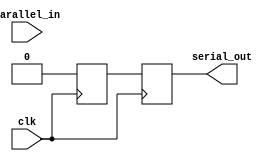
module parallel_in_serial_out (
    input wire clk,
    input wire [7:0] parallel_in,
    output reg serial_out
);

reg [7:0] shift_register;

always @(posedge clk) begin
    shift_register <= parallel_in;
    serial_out <= shift_register[0];
    shift_register <= {shift_register[6:0], 1'b0};
end

endmodule